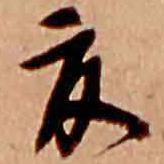
夏